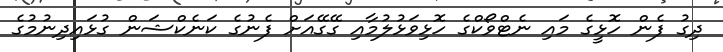
ދިގު ފެން ހޮޅީގެ މައި ނެޓްވޯކްގެ ހޮޅިވަޅުލުމާއި ގޭގޭއަށް ފެނުގެ ކަނެކްޝަން ގުޅައިދިނުމުގެ